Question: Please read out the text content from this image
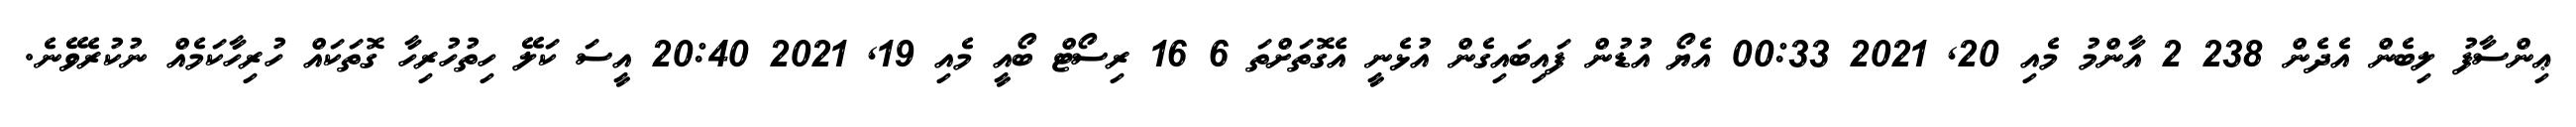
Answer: ޢިންސާފު ލިބެން އެދެން 238 2 އާންމު މެއި 20, 2021 00:33 އެޔޯ އުޑުން ފައިބައިގެން އުޅެނީ އެގޮތަށްތަ 6 16 ރިސޯޓް ބޯއީ މެއި 19, 2021 20:40 އީސަ ކަލޭ ހިތުހުރިހާ ގޮތަކައް ހުރިހާކަމެއް ނުކުރެވޭނެ.